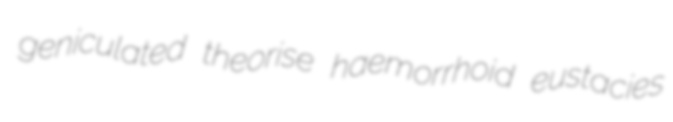
geniculated theorise haemorrhoid eustacies